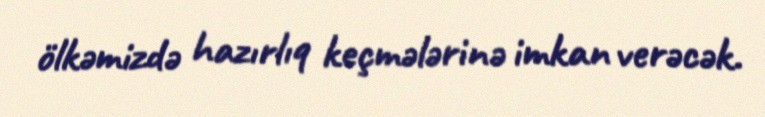
ölkəmizdə hazırlıq keçmələrinə imkan verəcək.